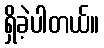
ရှိခဲ့ပါတယ်။